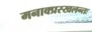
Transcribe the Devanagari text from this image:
मनाक्प्रस्खलन्तः